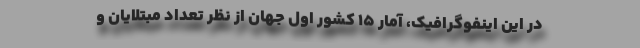
در این اینفوگرافیک، آمار ۱۵ کشور اول جهان از نظر تعداد مبتلایان و